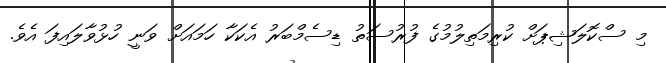
މި ސްކޮލަޝިޕަށް ކުރިމަތިލުމުގެ ފުރުސަތު ޑިސެމްބަރު އެކަކާ ހަމައަށް ވަނީ ހުޅުވާލައިފަ އެވެ.